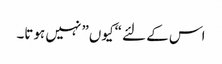
اس کے لئے “کیوں” نہیں ہوتا۔